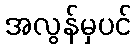
အလွန်မှပင်